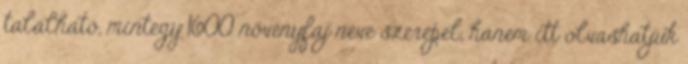
található, mintegy 1600 növényfaj neve szerepel, hanem itt olvashatjuk